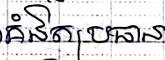
គំនិតប្រធាន